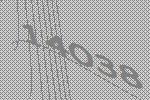
14038